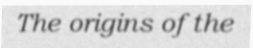
The origins of the